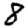
Digit: 8